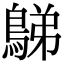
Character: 𪁩